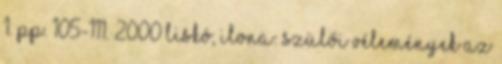
1. pp. 105-111. 2000 Liskó, Ilona: Szülői vélemények az